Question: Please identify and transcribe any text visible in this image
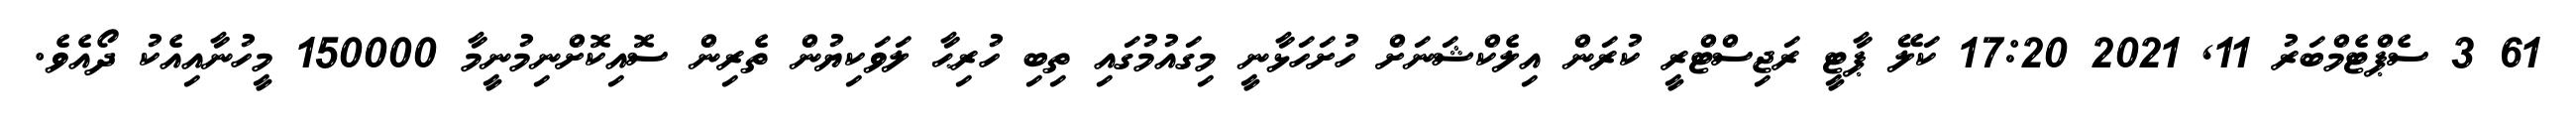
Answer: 61 3 ސެޕްޓެމްބަރު 11, 2021 17:20 ކަލޭ ޕާޓީ ރަޖިސްޓްރީ ކުރަން އިލެކްޝަނަށް ހުށަހަޅާނީ މިގައުމުގައި ތިބި ހުރިޙާ ލަވަކިޔުން ތެރިން ސޮއިކޮށްނިމުނީމާ 150000 މީހުނާއިއެކު ދޯއެވެ.